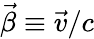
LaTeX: \vec{\beta}\equiv\vec{v}/c